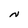
Character: n